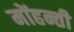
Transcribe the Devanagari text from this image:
मोंहन्ती